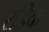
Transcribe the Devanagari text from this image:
रडिक